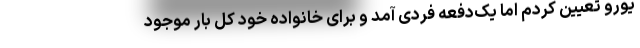
یورو تعیین کردم اما یک‌دفعه فردی آمد و برای خانواده خود کل بار موجود